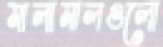
মালামালগুলো